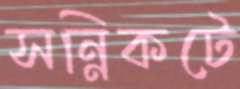
সন্নিকটে